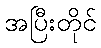
အပြီးတိုင်